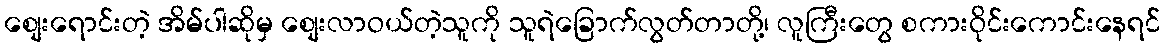
စျေးရောင်းတဲ့ အိမ်ပါဆိုမှ စျေးလာဝယ်တဲ့သူကို သူရဲခြောက်လွတ်တာတို့၊ လူကြီးတွေ စကားဝိုင်းကောင်းနေရင်